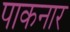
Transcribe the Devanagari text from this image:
पाकनार